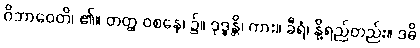
ဝိဘာဝေတိ၊ ၏။ တတ္ထ ဝစနေ၊ ၌။ ဒုဒ္ဓန္တိ၊ ကား။ ခီရံ၊ နို့ရည်တည်း။ ဒဓိ